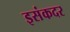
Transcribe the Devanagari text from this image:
इसंकदर